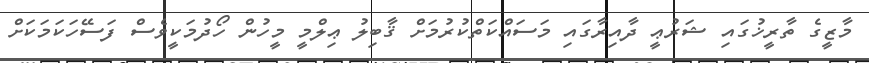
މާޒީގެ ތާރީޚުގައި ޝަރުޢީ ދާއިރާގައި މަސައްކަތްކުރުމަށް ޤާބިލު ޢިލްމީ މީހުން ހޯދުމަކީވެސް ފަސޭހަކަމަކަށް